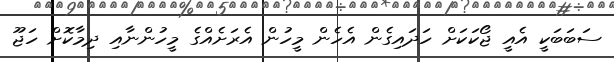
ސަބަބަކީ އެއީ ޖޯކަކަށް ހަދައިގެން އެހެން މީހުން އެރަށެއްގެ މީހުންނާއި ދިމާކޮށް ހަޖޫ